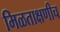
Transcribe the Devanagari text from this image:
मिळताक्षणीच